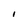
Character: I